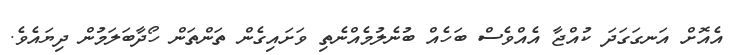
އެއޮށް އަނގަގަދަ ކުއްޖާ އެއްވެސް ބަހެއް ބުނެލުމެއްނެތި ވަށައިގެން ތަންތަން ހޯދާބަލަމުން ދިޔައެވެ.